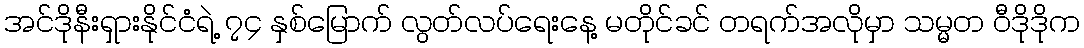
အင်ဒိုနီးရှားနိုင်ငံရဲ့ ၇၄ နှစ်မြောက် လွတ်လပ်ရေးနေ့ မတိုင်ခင် တရက်အလိုမှာ သမ္မတ ဝီဒိုဒိုက